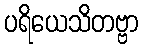
ပရိယေသိတဗ္ဗာ